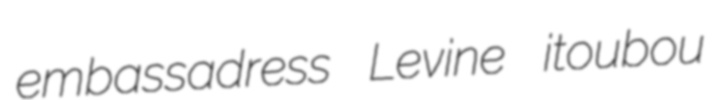
embassadress Levine itoubou